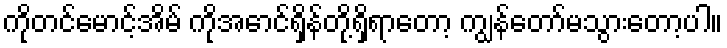
ကိုတင်မောင့်အိမ် ကိုအောင်ရှိန်တို့ရှိရာတော့ ကျွန်တော်မသွားတော့ပါ။